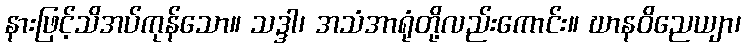
နားဖြင့်သိအပ်ကုန်သော။ သဒ္ဒါ၊ အသံအာရုံတို့လည်းကောင်း။ ဃာနဝိညေယျာ၊